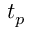
t _ { p }